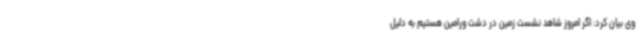
وی بیان کرد: اگر امروز شاهد نشست زمین در دشت ورامین هستیم به دلیل